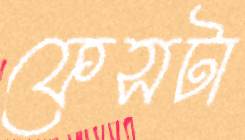
ফেসটা